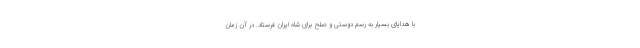
با هدایای بسیار به رسم دوستی و صلح برای شاه ایران فرستاد. در آن زمان